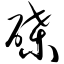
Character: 磉